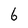
Character: 6